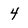
Character: 4